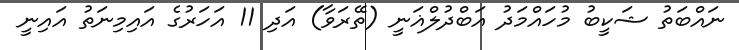
ނައްބަތު ޝަކީބު މުހައްމަދު އަބްދުލްޣަނީ (ތޭރަވާ) އަދި 11 އަހަރުގެ އައިމިނަތު އައިނީ